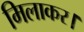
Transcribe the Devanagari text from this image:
मिलाकर।